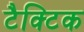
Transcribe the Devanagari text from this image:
टैक्टिक